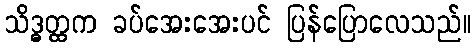
သိဒ္ဓတ္ထက ခပ်အေးအေးပင် ပြန်ပြောလေသည်။